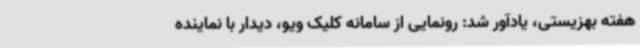
هفته بهزیستی، یادآور شد: رونمایی از سامانه کلیک ویو، دیدار با نماینده